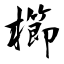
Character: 櫛